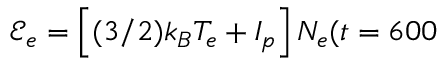
\mathcal { E } _ { e } = \left[ ( 3 / 2 ) { k _ { B } } T _ { e } + I _ { p } \right] N _ { e } ( t = 6 0 0